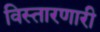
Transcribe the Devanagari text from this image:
विस्तारणारी